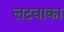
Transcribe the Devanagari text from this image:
लटवाका